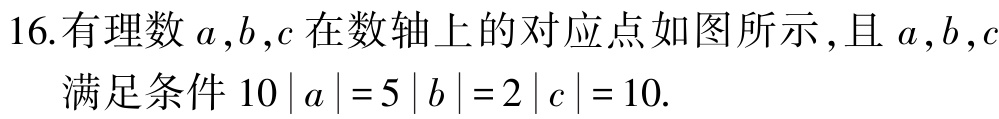
16.有理数\(a,b,c\)在数轴上的对应点如图所示,且\(a,b,c\)满足条件\(10\left| a\right| =5\left| b\right| =2\left| c\right| =10\).